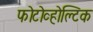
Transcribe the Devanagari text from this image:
फोटोव्होल्टिक